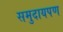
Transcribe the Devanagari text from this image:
समुदायपण